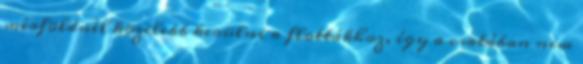
mérföldnél közelebb kerülni a flottákhoz, így a csatában nem